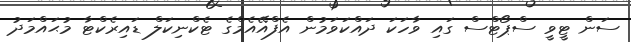
ސަން ޓީވީ ސްޕޯޓްސް ގައި ވާހަކަ ދައްކަވަމުން އެފްއޭއެމްގެ ޓެކްނިކަލް ޑައިރެކްޓާ މުޙައްމަދު